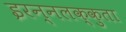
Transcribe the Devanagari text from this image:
इरन्नलक्कुता